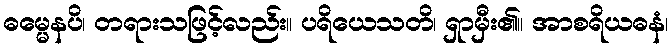
ဓမ္မေနပိ၊ တရားသဖြင့်လည်း။ ပရိယေသတိ၊ ရှာမှီး၏။ အာစရိယဓနံ၊